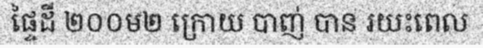
ផ្ទៃដី ២០០ម២ ក្រោយ បាញ់ បាន រយះពេល